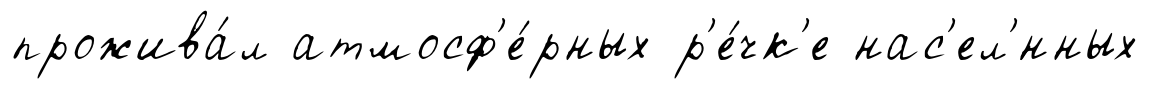
прожива́л атмосф'е́рных р'е́чк'е нас'ел'́нных